Report on lock hospitals in British Burma
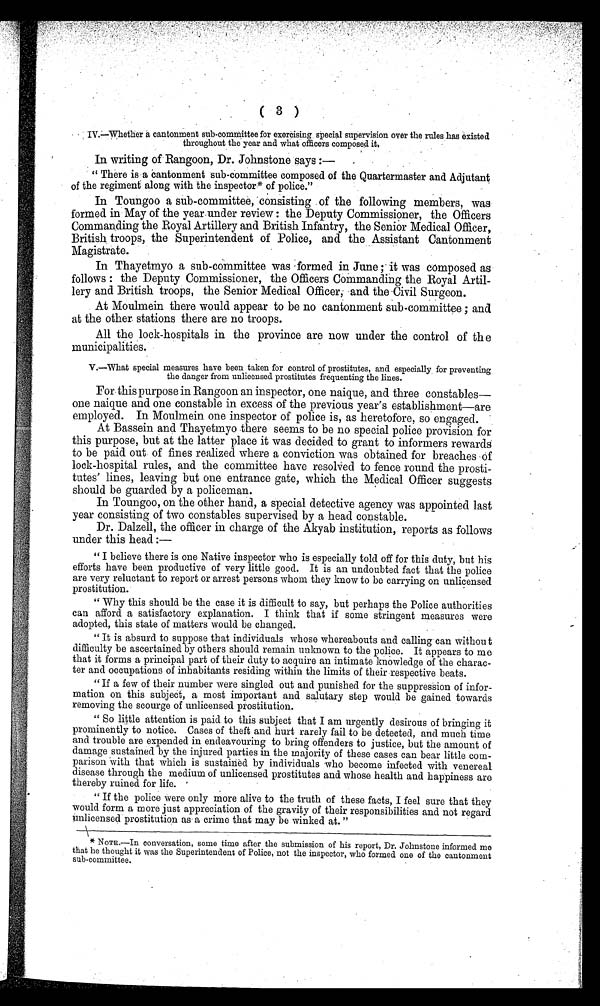
( 3 )
IV—Whether a cantonment sub-committee for exercising special supervision over the rules has existed
throughout the year and what officers composed it.
In writing of Rangoon, Dr. Johnstone pays
" There is a cantonment sub-committee composed of the Quartermaster and Adjutant
of the regiment along with the inspector* of police."
In Toungoo a sub-committee, "consisting of the following members, was
formed in May of the year under review : the Deputy Commissioner, the Officers
Commanding the Royal Artillery and British Infantry, the Senior Medical Officer,
British troops, the Superintendent of Police, and the Assistant Cantonment
Magistrate.
In Thayetmyo a sub-committee was farmed in June ; it was composed as
follows : the Deputy Commissioner, the Officers Commanding the Royal Artil-
lery and British troops, the Senior Medical Officer; and the Civil Surgeon.
At Moulmein there would appear to be no cantonment sub-committee ; and
at the other stations there are no troops.
All the lock-hospitals in the province are now under the control of the
municipalities.
V.—What special measures have been taken for control of prostitutes, and especially for preventing
the danger from unlicensed prostitutes frequenting the lines.
For this purpose in Rangoon an inspector, one naique, and three constables—
one naique and one constable in excess of the previous year's establishment—are
employed. In Moulmein one inspector of police is, as heretofore, so engaged.
At Bassein and Thayetmyo there seems to be no special police provision for
this purpose, but at the latter place it was decided to grant to informers rewards
to be paid out of fines realized where a conviction was obtained for breaches Of
lock-hospital rules, and the committee have resoled to fence round the prosti-
tutes' lines, leaving but one entrance gate, which the Medical Officer suggests
should be guarded by a policeman.
In Toungoo, on the other hand, a special detective agency was appointed last
year consisting of two constables supervised by a head constable.
Dr. Dalzell, the officer in charge of the Akyab institution, reports as follows
under this head : —
" I believe there is one Native inspector who is especially told off for this duty, but his
efforts have been productive of very little good. It is an undoubted fact that the police
are very reluctant to report or arrest persons whom they know to be carrying on unlicensed
prostitution.
" Why this should be the case it is difficult to say, but perhaps the Police authorities
can afford a satisfactory explanation. I think that if some stringent measures were
adopted, this state of matters would be changed.
" It is absurd to suppose that individuals whose whereabouts and calling can without
difficulty be ascertained by others should remain unknown to the police. It appears to me
that it forms a principal part of their duty to acquire an intimate knowledge of the charac-
ter and occupations of inhabitants residing within the limits of their respective beats.
" If a few of their number were singled out and punished for the suppression of infor-
mation on this subject, a most important and salutary step would be gained towards
removing the scourge of unlicensed prostitution.
" So little attention is paid to this subject that I am urgently desirous of bringing it
prominently to notice. Cases of theft and hurt rarely fail to be detected, and much time
and trouble are expended in endeavouring to bring offenders to justice, but the amount of
damage sustained by the injured parties in the majority of these cases can bear little com-
parison with that which is sustained by individuals who become infected with venereal
disease through the medium of unlicensed prostitutes and whose health and happiness are
thereby ruined for life.
" If the police were only more alive to the truth of these facts, I feel sure that they
would form a more just appreciation of the gravity of their responsibilities and not regard
unlicensed prostitution as a crime that may be winked at.
* NOTE.—In conversation, some time after the submission of his report, Dr. Johnstone informed me
that he thought it was the Superintendent of Police, not the inspector, who formed one of the cantonment
sub- committee.